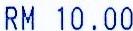
RM 10.00